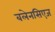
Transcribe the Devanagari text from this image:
बलेनसिएज